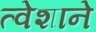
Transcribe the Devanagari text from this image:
त्वेशाने